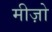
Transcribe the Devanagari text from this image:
मीज़ो